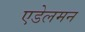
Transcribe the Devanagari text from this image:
एडेलमन